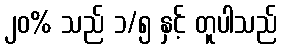
၂၀% သည် ၁/၅ နှင့် တူပါသည်